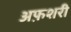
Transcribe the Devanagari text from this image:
अफ़शरी